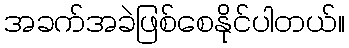
အခက်အခဲဖြစ်စေနိုင်ပါတယ်။